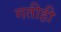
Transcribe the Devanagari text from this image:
गतीही